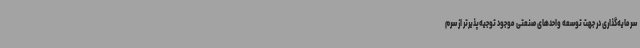
سرمایه‌گذاری در جهت توسعه واحدهای صنعتی موجود توجیه‌پذیرتر از سرم